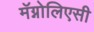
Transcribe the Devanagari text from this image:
मॅग्नोलिएसी